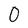
Character: O